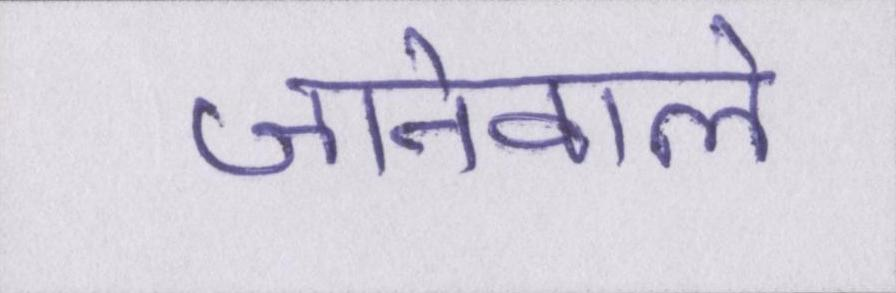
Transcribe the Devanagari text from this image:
जानेवाले